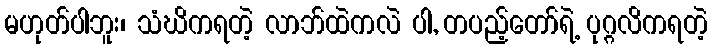
မဟုတ်ပါဘူး၊ သံဃိကရတဲ့ လာဘ်ထဲကလဲ ပါ, တပည့်တော်ရဲ့ ပုဂ္ဂလိကရတဲ့